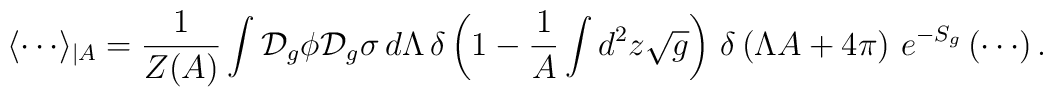
\langle \cdots \rangle _{\mid A}= \frac{1}{Z(A)}\int \mbox{$\cal{D}$}_{g}\phi\mbox{$\cal{D}$}_{g}\sigma  \, d\Lambda \,\delta \left( 1-\frac{1}{A}\int d^{2}z\sqrt{g}\right) \, \delta \left( \Lambda A+4\pi \right) \, e^{-S_{g}}\left( \cdots \right) .